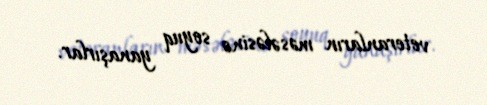
veteranların məsələsinə soyuq yanaşırlar.